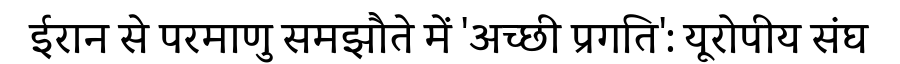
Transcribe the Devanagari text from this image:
ईरान से परमाणु समझौते में 'अच्छी प्रगति': यूरोपीय संघ